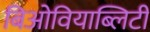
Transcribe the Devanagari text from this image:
बिओवियाब्लिटी